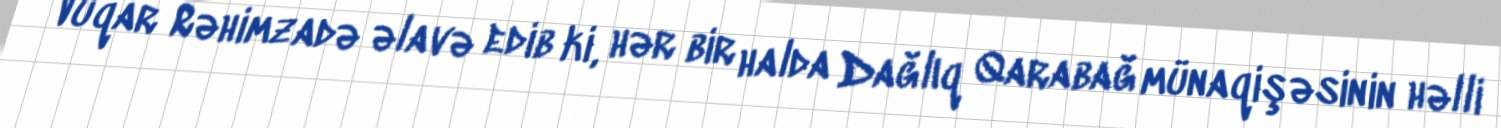
Vüqar Rəhimzadə əlavə edib ki, hər bir halda Dağlıq Qarabağ münaqişəsinin həlli